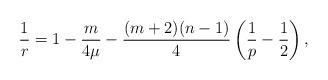
LaTeX: \begin{align*} \frac 1 r = 1-\frac m {4\mu} -\frac {(m+2)(n-1)} 4 \left( \frac 1 p -\frac 1 2 \right),\end{align*}